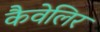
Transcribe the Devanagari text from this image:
कैवेलिर